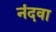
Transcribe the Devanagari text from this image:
नंदवा